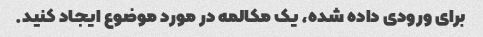
برای ورودی داده شده، یک مکالمه در مورد موضوع ایجاد کنید.